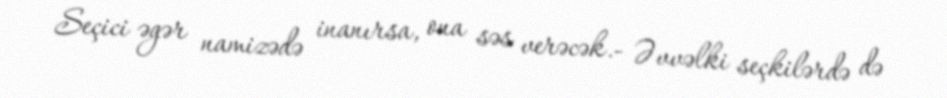
Seçici əgər namizədə inanırsa, ona səs verəcək.- Əvvəlki seçkilərdə də